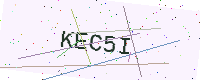
Text: KEC5I